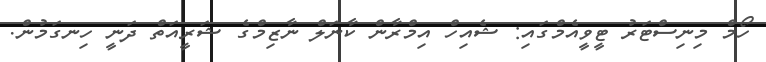
ހޯމް މިނިސްޓަރު ޓީވީއެމްގައި: ޝެއިހް އިމްރާން ކާނަލް ނާޒިމްގެ ޝަރީއަތް ދަނީ ހިނގަމުން.